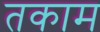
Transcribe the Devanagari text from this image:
तकाम